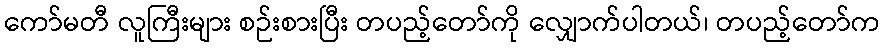
ကော်မတီ လူကြီးများ စဉ်းစားပြီး တပည့်တော်ကို လျှောက်ပါတယ်၊ တပည့်တော်က